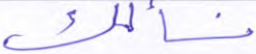
نسألك